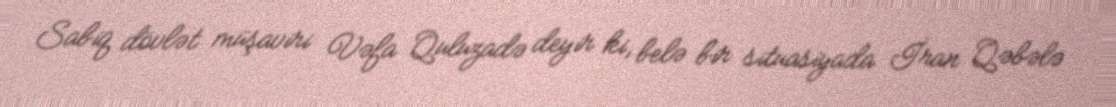
Sabiq dövlət müşaviri Vəfa Quluzadə deyir ki, belə bir situasiyada İran Qəbələ